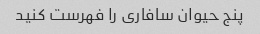
پنج حیوان سافاری را فهرست کنید